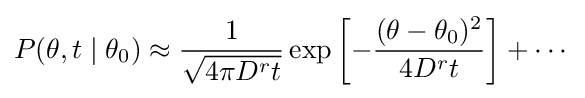
P(\theta ,t\mid \theta _{0})\approx {\frac {1}{\sqrt {4\pi D^{r}t}}}\exp \left[-{\frac {(\theta -\theta _{0})^{2}}{4D^{r}t}}\right]+\cdots